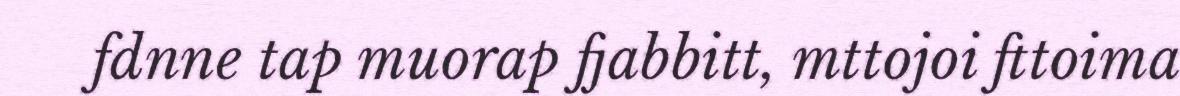
fdnne tap muorap fjabbitt, mttojoi fttoima